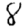
Digit: 8